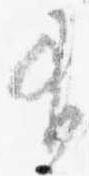
有